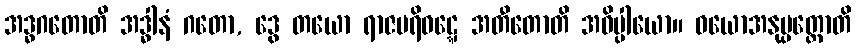
အဒ္ဓဂတောတိ အဒ္ဓါနံ ဂတော, ဒွေ တယော ရာဇပရိဝဋ္ဋေ အတီတောတိ အဓိပ္ပါယော။ ဝယောအနုပ္ပတ္တောတိ